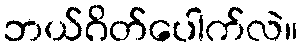
ဘယ်ဂိတ်ပေါက်လဲ။